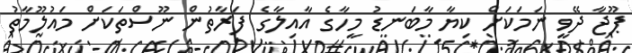
ޕޫޖާ ދޭވީ ނަމަކަށް ކިޔާ މާބަނޑު މީހާގެ އާއިލާގެ ފަރާތުން ނޫސްތަކަށް މައުލޫމާތު